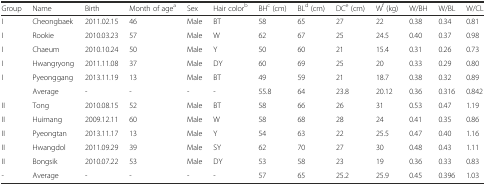
| Group | Name | Birth | Month of agea | Sex | Hair colorb | BHc (cm) | BLd (cm) | DCe (cm) | Wf (kg) | W/BH | W/BL | W/CL |
 | --- | --- | --- | --- | --- | --- | --- | --- | --- | --- | --- | --- | --- |
 | I | Cheongbaek | 2011.02.15 | 46 | Male | BT | 58 | 65 | 27 | 22 | 0.38 | 0.34 | 0.81 |
 | I | Rookie | 2010.03.23 | 57 | Male | W | 62 | 67 | 25 | 24.5 | 0.40 | 0.37 | 0.98 |
 | I | Chaeum | 2010.10.24 | 50 | Male | Y | 50 | 60 | 21 | 15.4 | 0.31 | 0.26 | 0.73 |
 | I | Hwangryong | 2011.11.08 | 37 | Male | DY | 60 | 69 | 25 | 20 | 0.33 | 0.29 | 0.80 |
 | I | Pyeonggang | 2013.11.19 | 13 | Male | BT | 49 | 59 | 21 | 18.7 | 0.38 | 0.32 | 0.89 |
 |  | Average | - | - | - | - | 55.8 | 64 | 23.8 | 20.12 | 0.36 | 0.316 | 0.842 |
 | II | Tong | 2010.08.15 | 52 | Male | BT | 58 | 66 | 26 | 31 | 0.53 | 0.47 | 1.19 |
 | II | Huimang | 2009.12.11 | 60 | Male | W | 58 | 68 | 28 | 24 | 0.41 | 0.35 | 0.86 |
 | II | Pyeongtan | 2013.11.17 | 13 | Male | Y | 54 | 63 | 22 | 25.5 | 0.47 | 0.40 | 1.16 |
 | II | Hwangdol | 2011.09.29 | 39 | Male | SY | 62 | 70 | 27 | 30 | 0.48 | 0.43 | 1.11 |
 | II | Bongsik | 2010.07.22 | 53 | Male | DY | 53 | 58 | 23 | 19 | 0.36 | 0.33 | 0.83 |
 | - | Average | - | - | - | - | 57 | 65 | 25.2 | 25.9 | 0.45 | 0.396 | 1.03 |